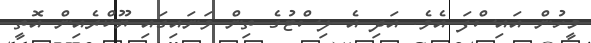
މީހުން އައިސްފަ އެވެ. އަދި އެ ލިސްޓުގެ ތިން ވަނައިގައި ޔޫކްރެއިން އޮތީ